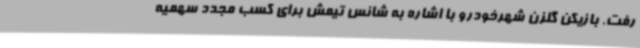
رفت. بازیکن گلزن شهرخودرو با اشاره به شانس تیمش برای کسب مجدد سهمیه